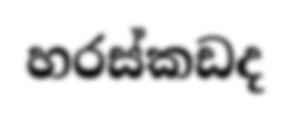
හරස්කඩද